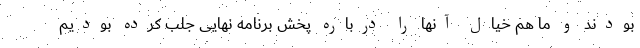
بودند و ما هم خیال آنها را درباره پخش برنامه نهایی جلب کرده بودیم